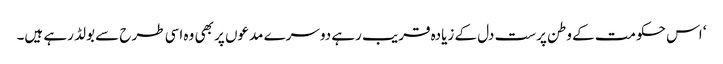
‘ اس حکومت کے وطن پرست دل کے زیادہ قریب رہے دوسرے مدعوں پر بھی وہ اسی طرح سے بولڈ رہے ہیں۔